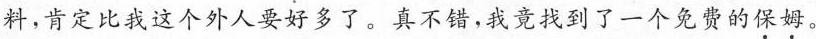
料，肯定比我这个外人要好多了。真不错，我竟找到了一个免费的\underset{·}{保}\underset{·}{姆}。